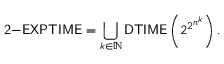
{ \mathsf { 2 { \mathrm { - } } E X P T I M E } } = \bigcup _ { k \in \mathbb { N } } { \mathsf { D T I M E } } \left( 2 ^ { 2 ^ { n ^ { k } } } \right) .